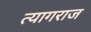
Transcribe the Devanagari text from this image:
त्‍यागराज